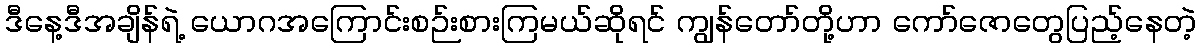
ဒီနေ့ဒီအချိန်ရဲ့ ယောဂအကြောင်းစဉ်းစားကြမယ်ဆိုရင် ကျွန်တော်တို့ဟာ ကော်ဇောတွေပြည့်နေတဲ့